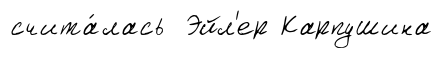
счита́лась Эйл'ер Карпушина